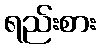
ရည်းစား